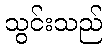
သွင်းသည်